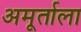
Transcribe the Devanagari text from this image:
अमूर्ताला